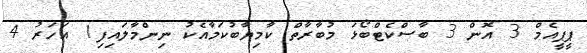
ޕީޕީއެމް 3 އޮން 3 ބާސްކެޓްބޯޅަ މުބާރާތް ކާމިޔާބުކަމާއެކު ނިންމާލައިފި1 އަހަރު 4